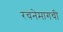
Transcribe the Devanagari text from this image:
रचनेमागची